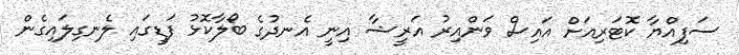
ސަފިއްޔާ ކޮޓަރިއަށް އައިސް ވަންއިރު އަރީޝާ އިނީ އެނދުގެ ބޯލާކޮޅު ފަޑީގައި ލެނގިލައިގެން